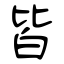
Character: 皆